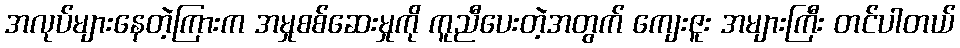
အလုပ်များနေတဲ့ကြားက အမှုစစ်ဆေးမှုကို ကူညီပေးတဲ့အတွက် ကျေးဇူး အများကြီး တင်ပါတယ်